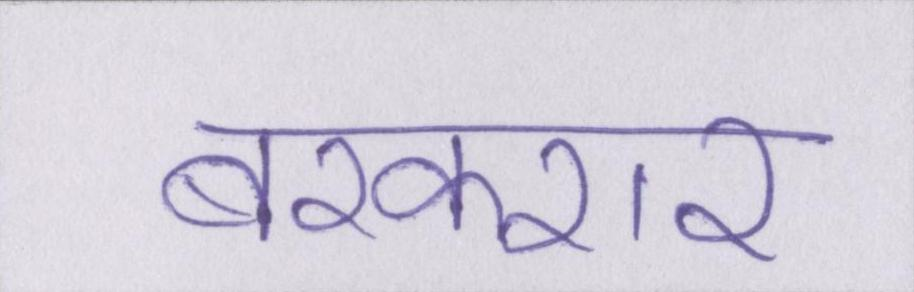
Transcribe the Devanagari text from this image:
बरकरार